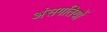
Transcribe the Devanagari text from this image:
अंसगतियों